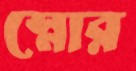
স্নোর